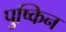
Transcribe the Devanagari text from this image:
पुष्किन